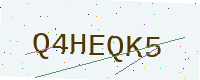
Text: Q4HEQK5